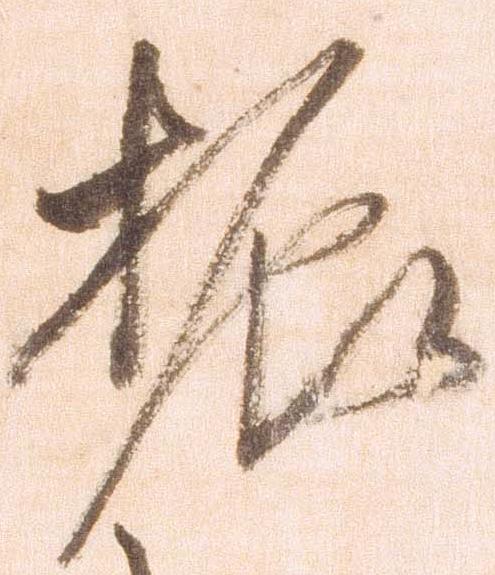
振